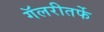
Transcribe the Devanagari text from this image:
गॅलरीतर्फे